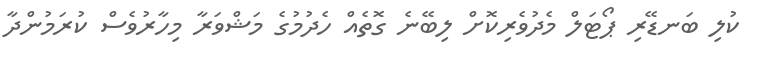
ކުލި ބަނޑޭރި ޕޯޓަލް މެދުވެރިކޮށް ލިބޭނެ ގޮތެއް ހެދުމުގެ މަޝްވަރާ މިހާރުވެސް ކުރަމުންދާ